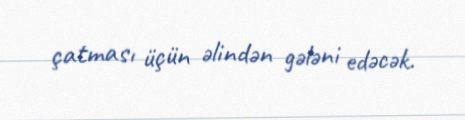
çatması üçün əlindən gələni edəcək.